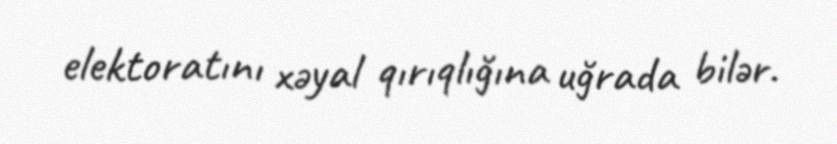
elektoratını xəyal qırıqlığına uğrada bilər.